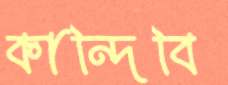
কান্দিবি